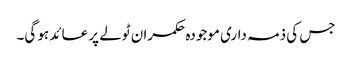
جس کی ذمہ داری موجودہ حکمران ٹولے پر عائد ہو گی۔